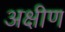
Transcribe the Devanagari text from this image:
अक्षीण